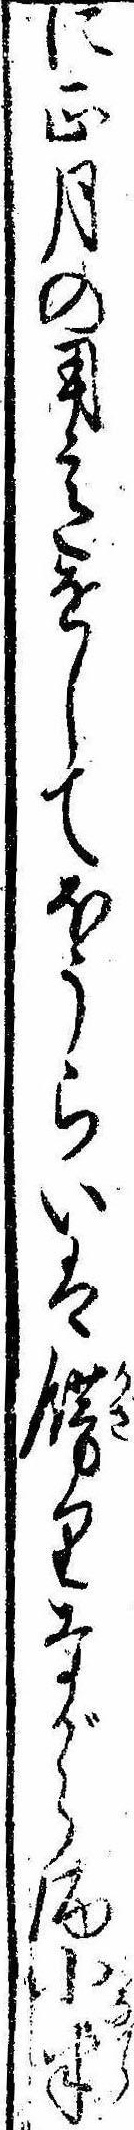
に正月の用意をしてほうらいは飾りながら酒小半